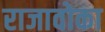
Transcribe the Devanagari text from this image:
राजावोका